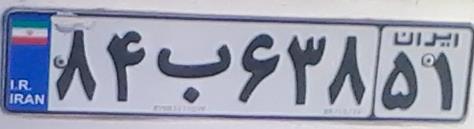
۸۴ب۶۳۸۵۱